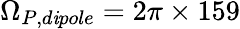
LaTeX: \Omega_{P,d\mathit{i}pole}=2\pi\times159